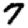
Digit: 7